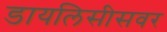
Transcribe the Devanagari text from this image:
डायलिसीसवर